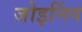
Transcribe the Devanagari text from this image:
जोइनिंग